Scottish Certificate of Education, 1963
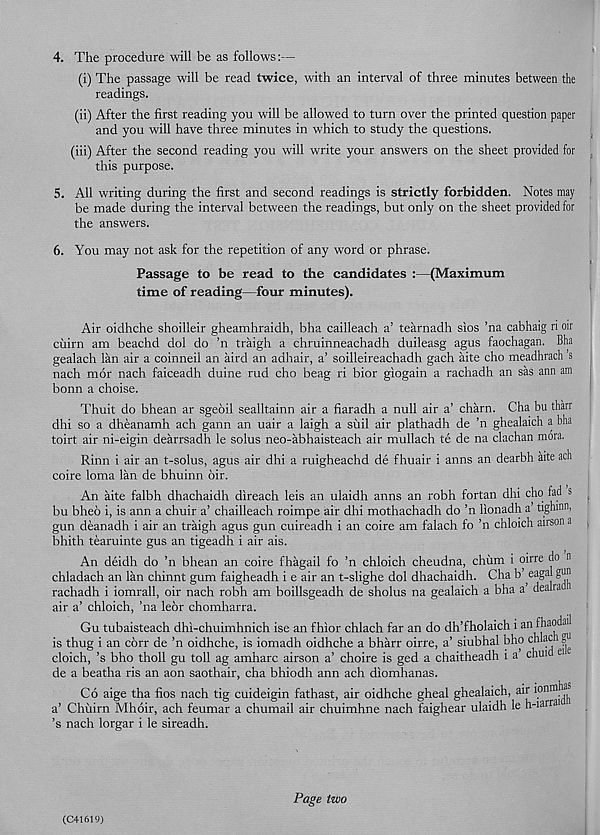
4. The procedure will be as follows:—
(i) The passage will be read twice, with an interval of three minutes between the
readings.
(ii) After the first reading you will be allowed to turn over the printed question paper
and you will have three minutes in which to study the questions.
(iii) After the second reading you will write your answers on the sheet provided for
this purpose.
5. All writing during the first and second readings is strictly forbidden. Notes may
be made during the interval between the readings, but only on the sheet provided for
the answers.
6. You may not ask for the repetition of any word or phrase.
Passage to be read to the candidates :—(Maximum
time of reading—four minutes).
Air oidhche shoilleir gheamhraidh, bha cailleach a’ tearnadh sios ’na cabhaig ri oir
cixirn am beachd dol do ’n traigh a chruinneachadh duileasg agus faochagan. Bha
gealach lan air a coinneil an aird an adhair, a’ soilleireachadh gach aite cho meadhrach s
nach mor nach faiceadh duine rud cho beag ri bior giogain a rachadh an sas aim am
bonn a choise.
Thuit do bhean ar sgeoil sealltainn air a fiaradh a null air a’ charn. Cha bu tharr
dhi so a dheanamh ach gann an uair a laigh a suil air plathadh de ’n ghealaich a bha
toirt air ni-eigin dearrsadh le solus neo-abhaisteach air mullach te de na clachan mora.
Rinn i air an t-solus, agus air dhi a ruigheachd de fhuair i aims an dearbh aite ach
coire loma lan de bhuinn dir.
An aite falbh dhachaidh direach leis an ulaidh arms an robh fortan dhi cho fad s
bu bhed i, is aim a chuir a’ chailleach roimpe air dhi mothachadh do ’n lionadh a’ tighinn,
gun deanadh i air an traigh agus gun cuireadh i an coire am falach fo ’n chloich airson a
bhith tearuinte gus an tigeadh i air ais.
An deidh do ’n bhean an coire fhagail fo ’n chloich cheudna, chiim i oirre do n
chladach an lan chinnt gum faigheadh i e air an t-slighe dol dhachaidh. Cha b’^eagal gun
rachadh i iomrall, oir nach robh am boillsgeadh de sholus na gealaich a bha a dealia
air a’ chloich, ’na leor chomharra.
Gu tubaisteach dhi-chuimhnich ise an fhior chlach far an do dh’fholaich i an fhao
is thug i an corr de ’n oidhche, is iomadh oidhche a bharr oirre, a’ siubhal bho chlac
cloich, ’s bho tholl gu toll ag amharc airson a’ choire is ged a chaitheadh i a chui
de a beatha ris an aon saothair, cha bhiodh ann ach diomhanas.
Co aige tha fios nach tig cuideigin fathast, air oidhche gheal ghealaich, air lonm „
a’ Chuirn Mhoir, ach feumar a chumail air chuimhne nach faighear ulaidh le h-iarrai
’s nach lorgar i le sireadh.
(C41619)
Page two